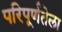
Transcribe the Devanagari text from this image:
परिपूर्णतेला